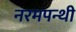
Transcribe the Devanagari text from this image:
नरमपन्थी